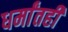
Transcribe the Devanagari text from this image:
धर्मांतही